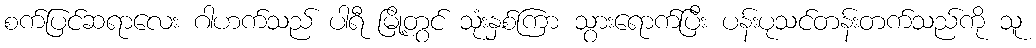
စက်ပြင်ဆရာလေး ဂါဟက်သည် ပါရီ မြို့တွင် သုံးနှစ်ကြာ သွားရောက်ပြီး ပန်းပုသင်တန်းတက်သည်ကို သူ